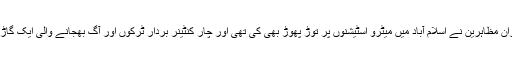
جھڑپوں کے دوران مظاہرین نے اسلام آباد میں میٹرو اسٹیشنوں پر توڑ پھوڑ بھی کی تھی اور چار کنٹینر بردار ٹرکوں اور آگ بھجانے والی ایک گاڑی کو جلا دیا تھا۔